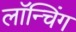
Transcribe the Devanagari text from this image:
लाॅन्चिंग